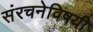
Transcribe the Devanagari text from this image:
संरचनेविषयी